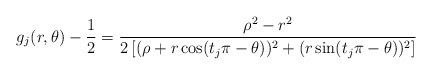
\begin{align*}g_j(r, \theta)- \frac{1}{2}= \frac{\rho^2-r^2}{2\left[ (\rho +r\cos(t_j \pi -\theta))^2+(r \sin(t_j \pi -\theta))^2 \right]}\end{align*}